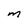
Character: m